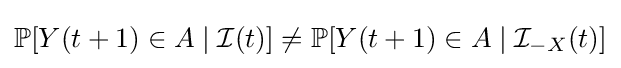
\mathbb {P} [Y(t+1)\in A\mid {\mathcal {I}}(t)]\neq \mathbb {P} [Y(t+1)\in A\mid {\mathcal {I}}_{-X}(t)]